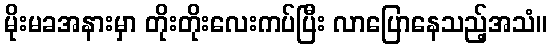
မိုးမခအနားမှာ တိုးတိုးလေးကပ်ပြီး လာပြောနေသည့်အသံ။